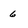
Character: 6